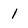
Character: 1